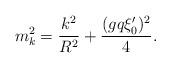
LaTeX: \begin{align*}m^2_k = {k^2 \over R^2} + {(gq\xi'_0)^2 \over 4}.\end{align*}